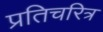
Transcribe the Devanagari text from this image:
प्रतिचरित्र